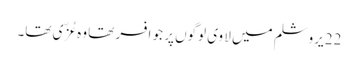
22 یروشلم میں لا وی لوگوں پر جو افسر تھا وہ عُزّی تھا۔